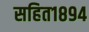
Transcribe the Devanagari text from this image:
सहित१८९४